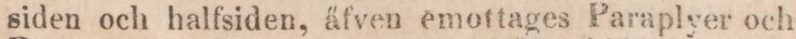
siden och halfsiden, äfven emottages Paraplyer och